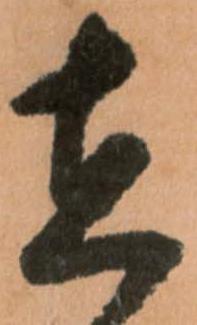
在